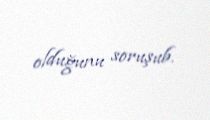
olduğunu soruşub.